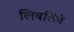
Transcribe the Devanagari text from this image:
लिबलिबे